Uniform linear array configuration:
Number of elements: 16
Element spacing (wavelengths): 1
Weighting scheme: binomial
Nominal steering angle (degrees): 30
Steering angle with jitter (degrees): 30.954
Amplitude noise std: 0.05
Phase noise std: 0.05

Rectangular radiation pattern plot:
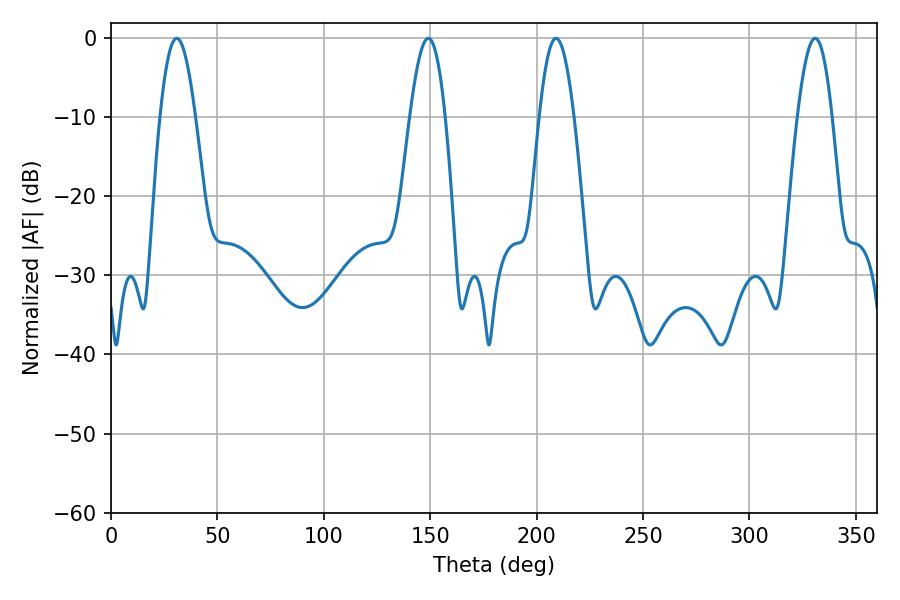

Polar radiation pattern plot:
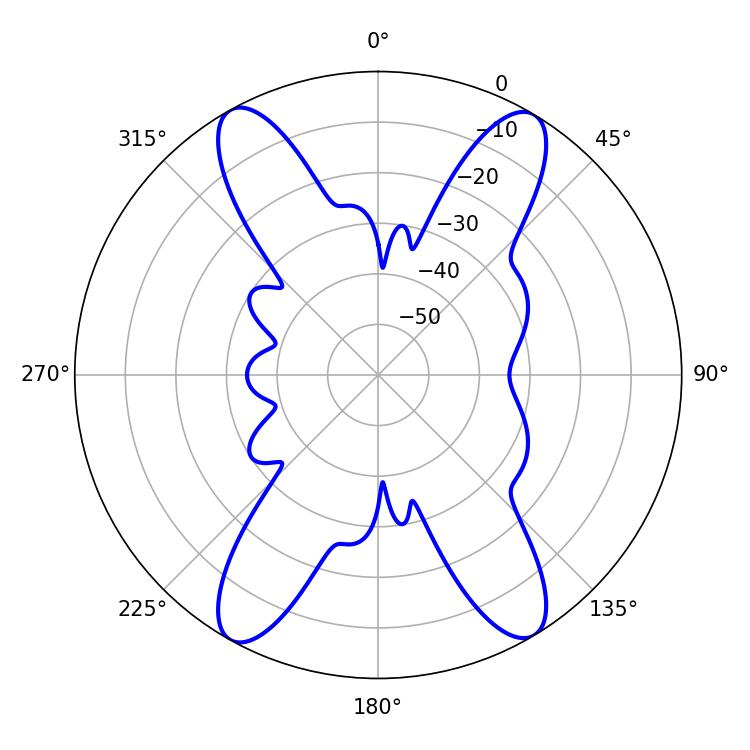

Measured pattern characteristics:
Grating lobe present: TRUE
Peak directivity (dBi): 21.387
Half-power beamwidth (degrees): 8.82
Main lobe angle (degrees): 330.84